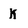
Character: K